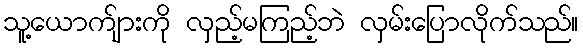
သူ့ယောက်ျားကို လှည့်မကြည့်ဘဲ လှမ်းပြောလိုက်သည်။